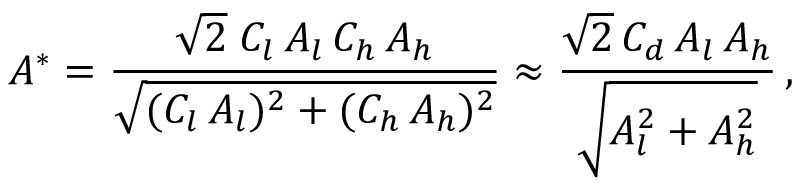
A ^ { * } = \frac { \sqrt { 2 } \; C _ { l } \, A _ { l } \, C _ { h } \, A _ { h } } { \sqrt { ( C _ { l } \, A _ { l } ) ^ { 2 } + ( C _ { h } \, A _ { h } ) ^ { 2 } } } \approx \frac { \sqrt { 2 } \, C _ { d } \, A _ { l } \, A _ { h } } { \sqrt { A _ { l } ^ { 2 } + A _ { h } ^ { 2 } } } \, ,